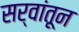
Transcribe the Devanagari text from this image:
सर्वांतून